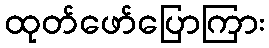
ထုတ်ဖော်ပြောကြား